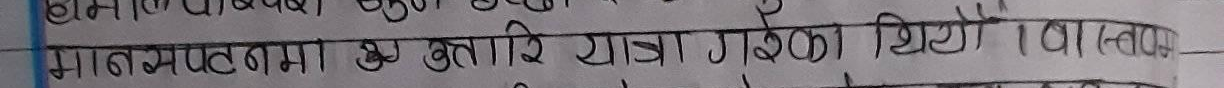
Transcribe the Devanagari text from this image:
मानवपद्मा दुई बुताले यात्रा गरेका थिए ।